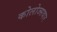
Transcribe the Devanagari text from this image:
कोलोज्सवार